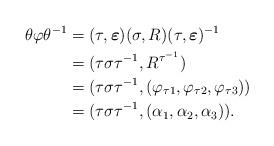
LaTeX: \begin{align*}\theta \varphi\theta^{-1}&= (\tau,\boldsymbol \varepsilon ) (\sigma, R) (\tau, \boldsymbol \varepsilon )^{-1}\\&= (\tau \sigma \tau ^{-1}, R^{\tau ^{-1}})\\&= (\tau \sigma \tau ^{-1}, (\varphi_{\tau 1} ,\varphi_{\tau 2} , \varphi_{\tau 3})) \\&=(\tau \sigma \tau ^{-1}, (\alpha_1,\alpha_2,\alpha_3)).\end{align*}